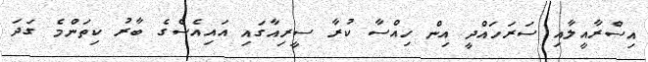
އިސްރާއީލާއި ސަރަހައްދީ އިން ހިއްސާ ކުރާ ސީރިއާގައި އައިއެސްގެ ބާރު ކިތަންމެ ގަދަ